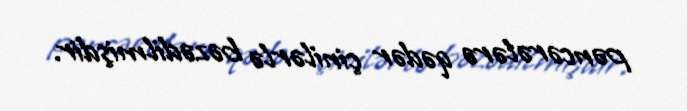
pəncərələrə qədər çinilərlə bəzədilmişdir.